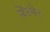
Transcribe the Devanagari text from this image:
सेंडमेन